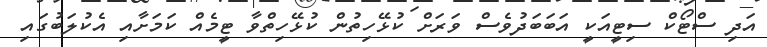
އަދި ސްޓޯކް ސިޓީއަކީ އަބަބަދުވެސް ވަރަށް ކުޅޭހިތުން ކުޅޭހިތްވާ ޓީމެއް ކަމަށާއި އެކުލަބުގައި